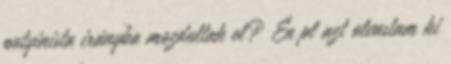
putyinista irányba mozdultak el? Én pl azt olvastam ki